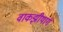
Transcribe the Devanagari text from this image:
वाकझीयार्ग